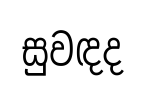
සුවඳද